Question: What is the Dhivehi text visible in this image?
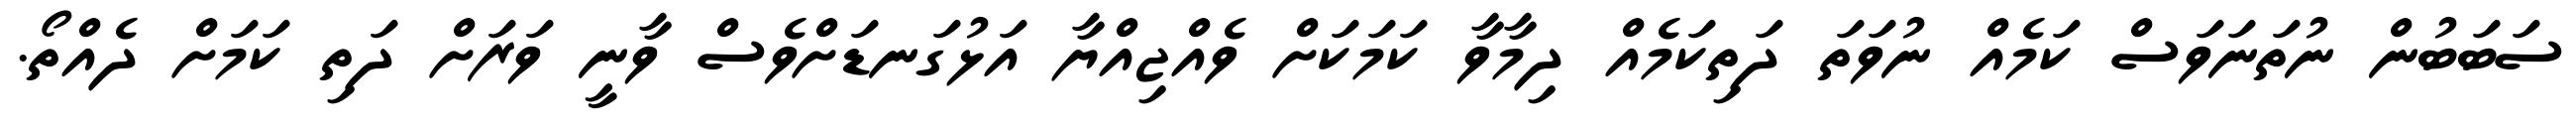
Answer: ސަބަބުން ނުތަނަވަސް ކަމެއް ނުވަތަ ދަތިކަމެއް ދިމާވާ ކަމަކަށް ވެއްޖިއްޔާ އަޅުގަނޑަށްވެސް ވާނީ ވަރަށް ދަތި ކަމަށް ދެއްތޯ.